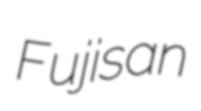
Fujisan